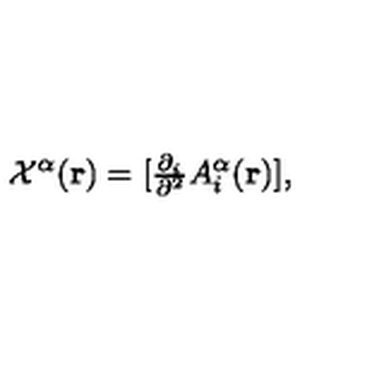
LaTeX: { \cal { X } } ^ { \alpha } ( { \bf { r } } ) = [ { \textstyle \frac { \partial _ { i } } { \partial ^ { 2 } } } A _ { i } ^ { \alpha } ( { \bf { r } } ) ] ,